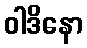
ဝါဒိနော